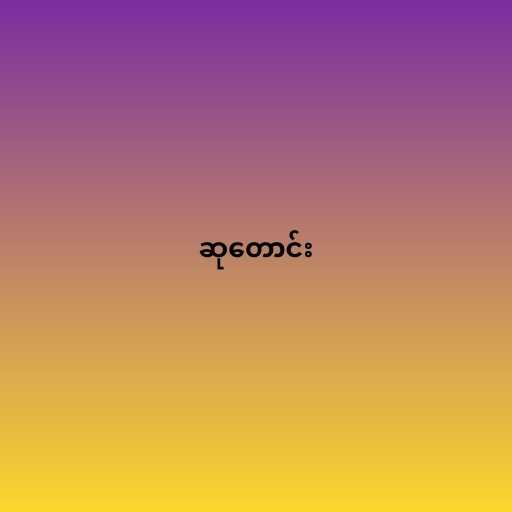
ဆုတောင်း